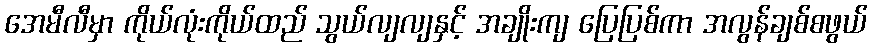
အေမီလီမှာ ကိုယ်လုံးကိုယ်ထည် သွယ်လျလျနှင့် အချိုးကျ ပြေပြစ်ကာ အလွန်ချစ်စဖွယ်